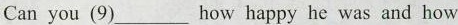
Can you (9)___ how happy he was and how